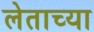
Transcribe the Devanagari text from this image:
लेताच्या